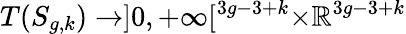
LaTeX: T(S_{g,k})\to]0,+\infty[^{3g-3+k}\times\mathbb{R}^{3g-3+k}